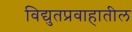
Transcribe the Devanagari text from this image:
विद्युतप्रवाहातील